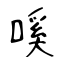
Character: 嗘